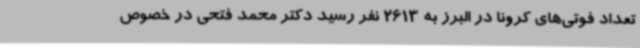
تعداد فوتی‌های کرونا در البرز به 2613 نفر رسید دکتر محمد فتحی در خصوص